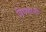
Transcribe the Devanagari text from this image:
विपळानी